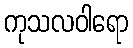
ကုသလဝါရော